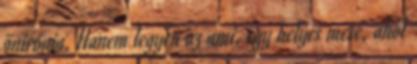
önirónia. Hanem legyen az ami, egy helyes mese, ahol